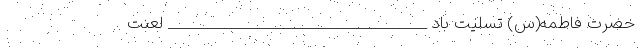
حضرت فاطمه(س) تسلیت باد _____________________________________ لعنت